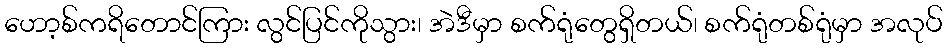
ဟော့စ်ကရိတောင်ကြား လွင်ပြင်ကိုသွား၊ အဲဒီမှာ စက်ရုံတွေရှိတယ်၊ စက်ရုံတစ်ရုံမှာ အလုပ်